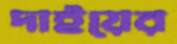
দাইয়ের